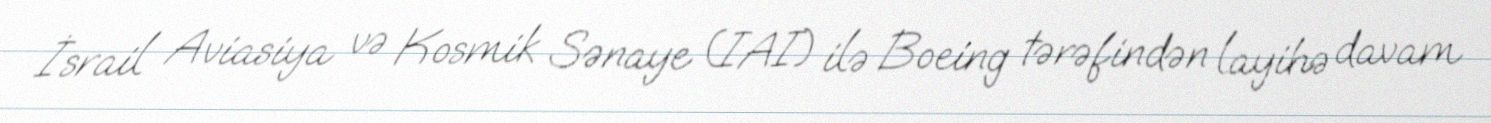
İsrail Aviasiya və Kosmik Sənaye (IAI) ilə Boeing tərəfindən layihə davam